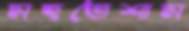
মহতেশাম